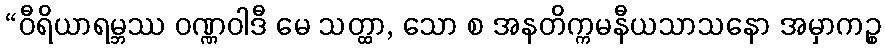
“ဝီရိယာရမ္ဘဿ ဝဏ္ဏဝါဒီ မေ သတ္ထာ, သော စ အနတိက္ကမနီယသာသနော အမှာကဉ္စ